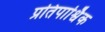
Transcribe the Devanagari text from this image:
प्रतिपार्श्विक